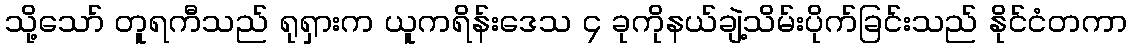
သို့သော် တူရကီသည် ရုရှားက ယူကရိန်းဒေသ ၄ ခုကိုနယ်ချဲ့သိမ်းပိုက်ခြင်းသည် နိုင်ငံတကာ